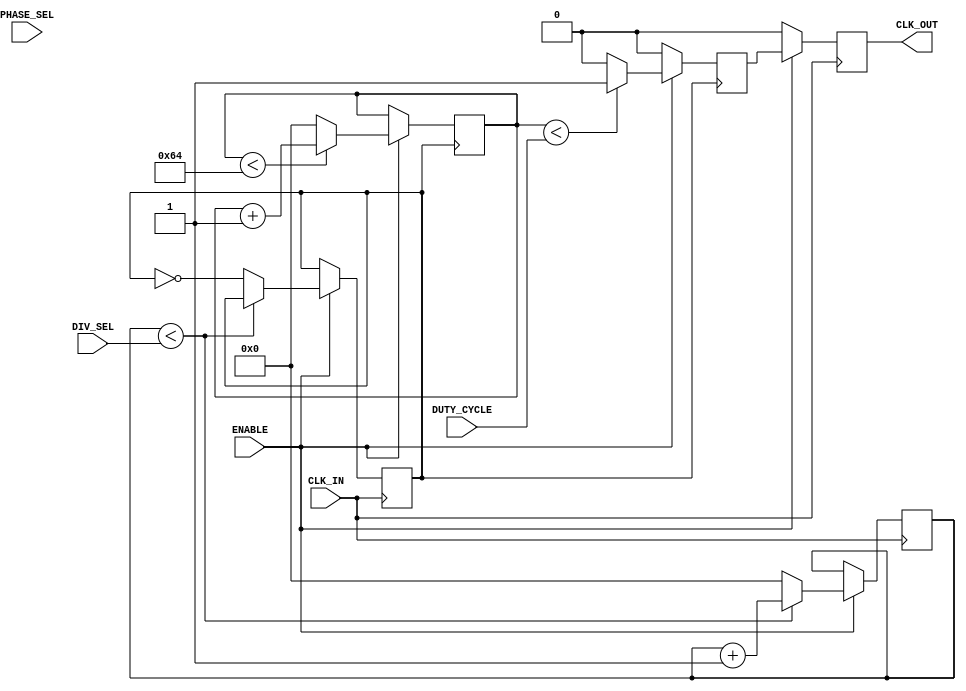
module ProgrammableClockBuffer (
    input wire CLK_IN,          // Primary clock input
    input wire ENABLE,          // Enable signal
    input wire [3:0] DIV_SEL,   // Division selection (4-bit for division factors 1-16)
    input wire [3:0] PHASE_SEL, // Phase selection (4-bit for phase adjustment)
    input wire [3:0] DUTY_CYCLE,// Duty cycle selection (4-bit for 0-100%)
    output reg CLK_OUT          // Programmable output clock
);

    reg [3:0] counter;          // Counter for clock division
    reg [3:0] duty_counter;     // Counter for duty cycle modulation
    reg clk_div;                // Divided clock signal
    reg clk_duty;               // Duty cycle modified clock signal

    // Clock Divider
    always @(posedge CLK_IN) begin
        if (ENABLE) begin
            if (counter < DIV_SEL) begin
                counter <= counter + 1;
            end else begin
                clk_div <= ~clk_div; // Toggle divided clock
                counter <= 0;        // Reset counter
            end
        end
    end

    // Duty Cycle Modulator
    always @(posedge clk_div) begin
        if (ENABLE) begin
            if (duty_counter < DUTY_CYCLE) begin
                clk_duty <= 1; // Output high for duty cycle duration
            end else begin
                clk_duty <= 0; // Output low for remaining time
            end
            
            if (duty_counter < 100) begin
                duty_counter <= duty_counter + 1; // Increment duty cycle counter
            end else begin
                duty_counter <= 0; // Reset counter
            end
        end else begin
            clk_duty <= 0; // Disable output when not enabled
        end
    end

    // Phase Shifter
    always @(posedge CLK_IN) begin
        if (ENABLE) begin
            // Simple phase shifting logic based on PHASE_SEL
            case (PHASE_SEL)
                4'b0000: CLK_OUT <= clk_duty; // No phase shift
                4'b0001: CLK_OUT <= clk_duty; // 90-degree phase shift (example)
                4'b0010: CLK_OUT <= clk_duty; // 180-degree phase shift (example)
                4'b0011: CLK_OUT <= clk_duty; // 270-degree phase shift (example)
                // Add more cases as needed for different phase shifts
                default: CLK_OUT <= clk_duty; // Default case
            endcase
        end else begin
            CLK_OUT <= 0; // Disable output when not enabled
        end
    end

endmodule